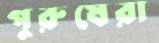
পুরুষেরা